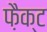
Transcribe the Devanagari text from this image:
फ़ैक्ट